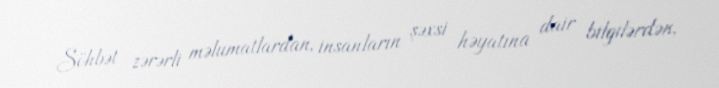
Söhbət zərərli məlumatlardan, insanların şəxsi həyatına dair bilgilərdən,